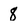
Character: 8